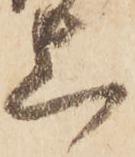
上